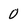
Character: O